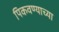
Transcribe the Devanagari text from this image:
पिकवण्याच्या